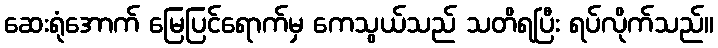
ဆေးရုံအောက် မြေပြင်ရောက်မှ ကေသွယ်သည် သတိရပြီး ရပ်လိုက်သည်။